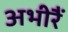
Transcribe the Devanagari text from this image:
अभीरैं